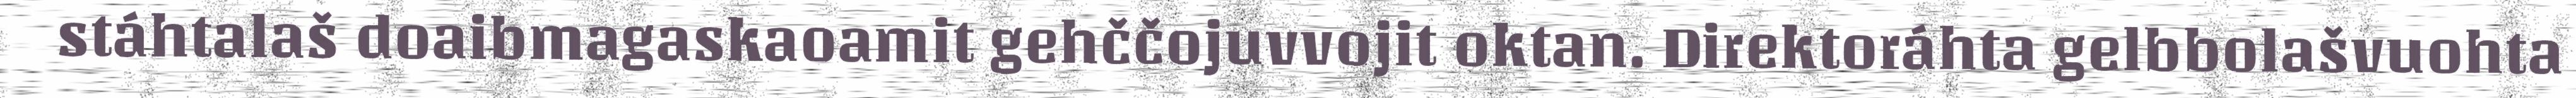
stáhtalaš doaibmagaskaoamit gehččojuvvojit oktan. Direktoráhta gelbbolašvuohta